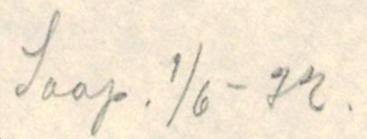
Saap. 1/6 - 32.